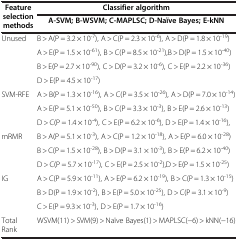
<table><thead><tr><td rowspan="2"><b> Feature selection methods</b></td><td><b>Classifier algorithm</b></td></tr><tr><td><b>A-SVM; B-WSVM; C-MAPLSC; D-Naïve Bayes; E-kNN</b></td></tr></thead><tbody><tr><td rowspan="4">Unused</td><td>B &gt; A(P = 3.2 × 10<sup>-7</sup>), A &gt; C(P = 2.3 × 10<sup>-6</sup>), A &gt; D(P = 1.8 × 10<sup>-19</sup>)</td></tr><tr><td>A &gt; E(P = 1.5 × 10<sup>-61</sup>), B &gt; C(P = 8.5 × 10<sup>-21</sup>),B &gt; D(P = 1.5 × 10<sup>-40</sup>)</td></tr><tr><td>B &gt; E(P = 2.7 × 10<sup>-90</sup>), C &gt; D(P = 3.2 × 10<sup>-6</sup>), C &gt; E(P = 2.2 × 10<sup>-36</sup>)</td></tr><tr><td>D &gt; E(P = 4.5 × 10<sup>-17</sup>)</td></tr><tr><td rowspan="3">SVM-RFE</td><td>A &gt; B(P = 1.3 × 10<sup>-16</sup>), A &gt; C(P = 3.5 × 10<sup>-26</sup>), A &gt; D(P = 7.0 × 10<sup>-14</sup>)</td></tr><tr><td>A &gt; E(P = 5.1 × 10<sup>-50</sup>), B &gt; C(P = 3.3 × 10<sup>-3</sup>), B &gt; E(P = 2.6 × 10<sup>-13</sup>)</td></tr><tr><td>D &gt; C(P = 1.4 × 10<sup>-4</sup>), C &gt; E(P = 6.2 × 10<sup>-6</sup>), D &gt; E(P = 1.4 × 10<sup>-16</sup>),</td></tr><tr><td rowspan="3">mRMR</td><td>B &gt; A(P = 5.1 × 10<sup>-3</sup>), A &gt; C(P = 1.2 × 10<sup>-18</sup>), A &gt; E(P = 6.0 × 10<sup>-28</sup>)</td></tr><tr><td>B &gt; C(P = 1.5 × 10<sup>-28</sup>), B &gt; D(P = 3.1 × 10<sup>-3</sup>), B &gt; E(P = 6.2 × 10<sup>-40</sup>)</td></tr><tr><td>D &gt; C(P = 5.7 × 10<sup>-17</sup>), C &gt; E(P = 2.5 × 10<sup>-2</sup>),D &gt; E(P = 1.5 × 10<sup>-25</sup>)</td></tr><tr><td rowspan="3">IG</td><td>A &gt; C(P = 5.9 × 10<sup>-11</sup>), A &gt; E(P = 6.2 × 10<sup>-19</sup>), B &gt; C(P = 1.3 × 10<sup>-15</sup>)</td></tr><tr><td>B &gt; D(P = 1.9 × 10<sup>-2</sup>), B &gt; E(P = 5.0 × 10<sup>-25</sup>), D &gt; C(P = 3.1 × 10<sup>-9</sup>)</td></tr><tr><td>C &gt; E(P = 9.3 × 10<sup>-3</sup>), D &gt; E(P = 1.7 × 10<sup>-16</sup>)</td></tr><tr><td>Total Rank</td><td>WSVM(11) &gt; SVM(9) &gt; Naïve Bayes(1) &gt; MAPLSC(−6) &gt; kNN(−16)</td></tr></tbody></table>